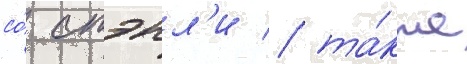
со́ стэнл'и / та́кже